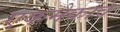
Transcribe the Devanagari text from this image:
एकमेकांव